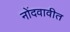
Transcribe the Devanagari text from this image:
नोंदवावीत